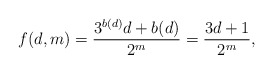
\begin{align*}f(d,m)= \frac{3^{b(d)}d + b(d)}{2^m} = \frac{3d+1}{2^m},\end{align*}